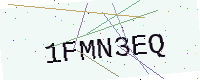
Text: 1FMN3EQ